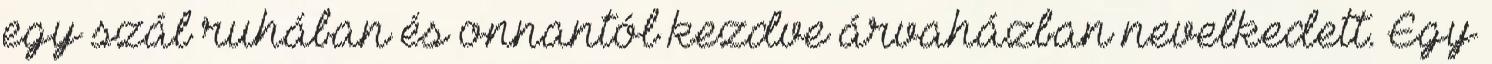
egy szál ruhában és onnantól kezdve árvaházban nevelkedett. Egy